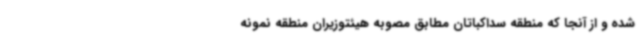
شده و از آنجا که منطقه سداکباتان مطابق مصوبه هیئتوزیران منطقه نمونه